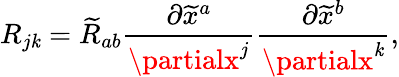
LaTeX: R_{j\mathit{k}}={\widetilde{{R}}}_{ab}{\frac{{\partial{\widetilde{{x}}}^{a}}}{{\partialx^{j}}}}{\frac{{\partial{\widetilde{{x}}}^{b}}}{{\partialx^{\mathit{k}}}}},